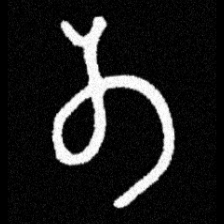
Pyu character \u2014 Myanmar letter: တ (romanized: ta)